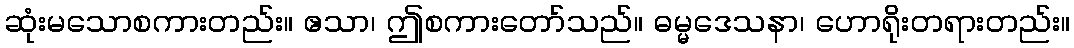
ဆုံးမသောစကားတည်း။ ဧသာ၊ ဤစကားတော်သည်။ ဓမ္မဒေသနာ၊ ဟောရိုးတရားတည်း။